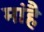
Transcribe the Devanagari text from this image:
मांहै